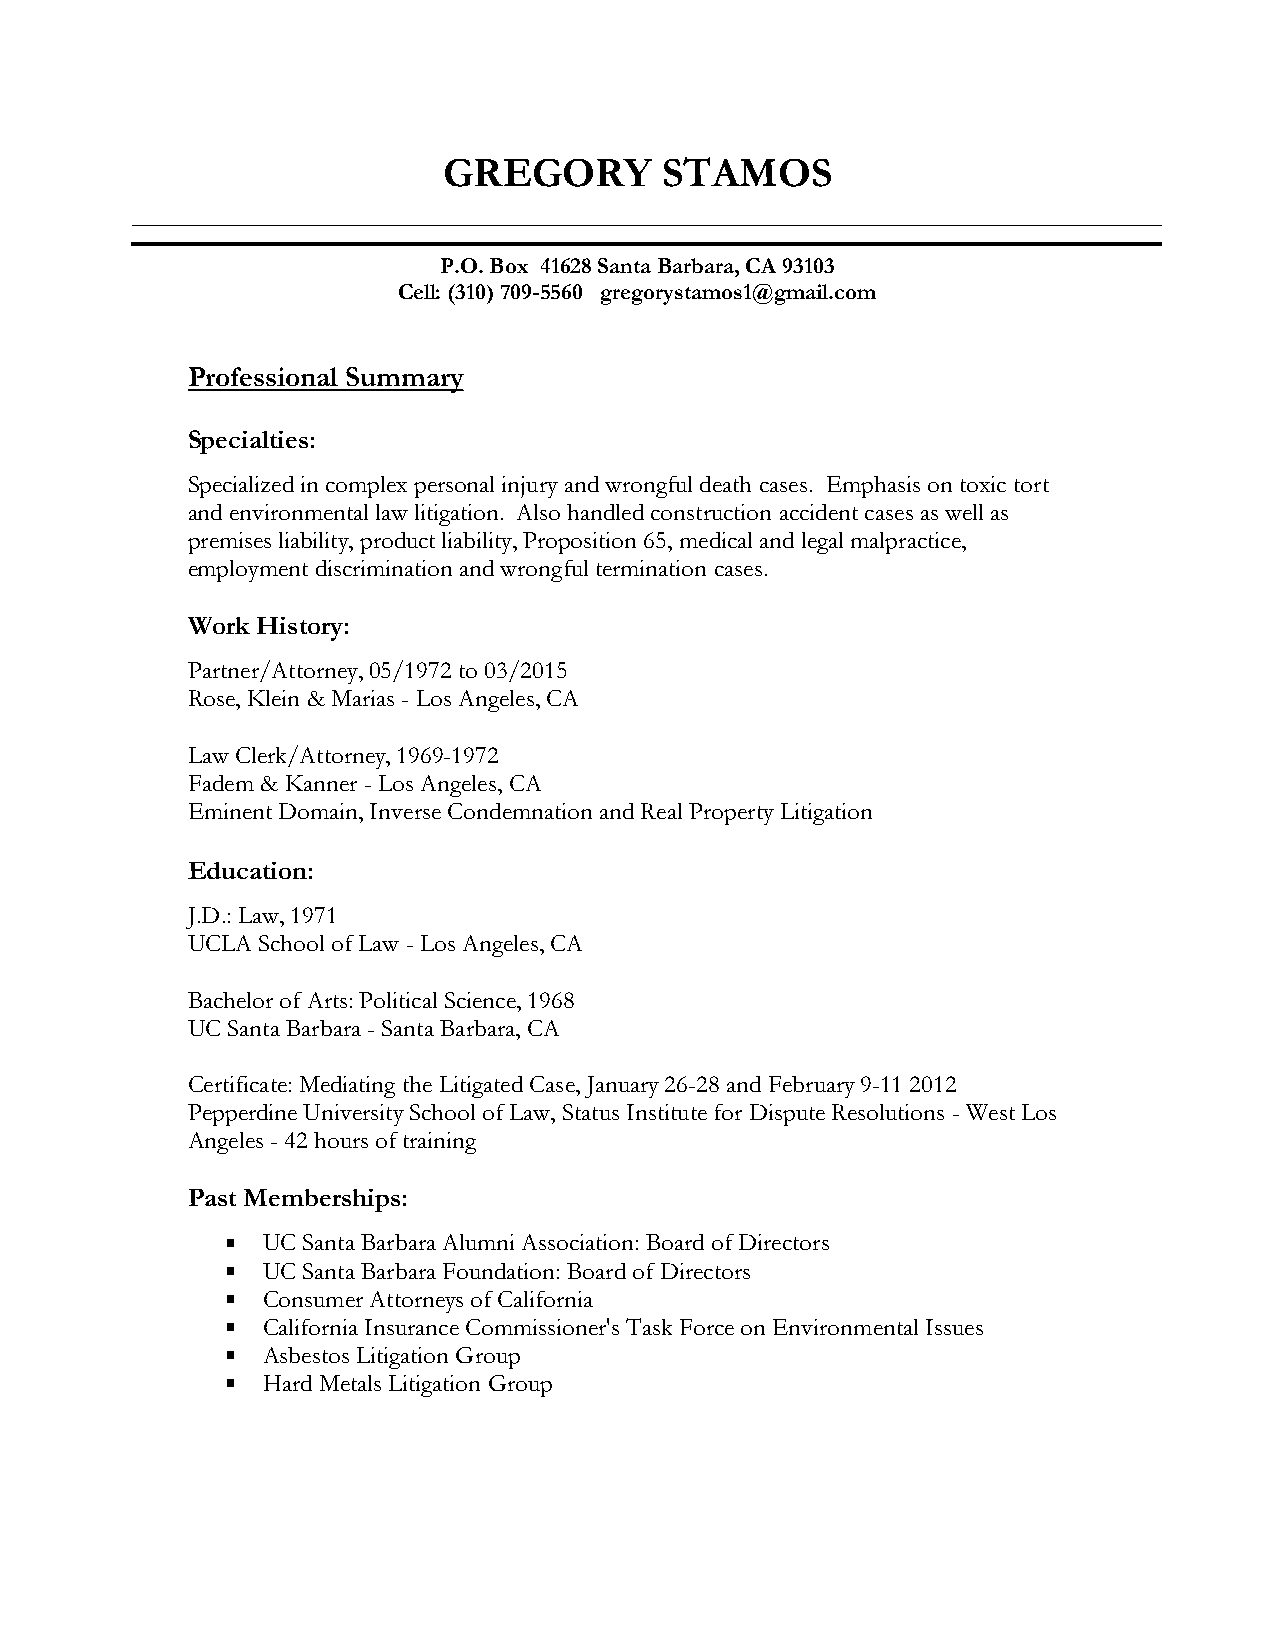
GREGORY        STAMOS
 P.O. Box 41628 Santa Barbara, CA 93103
 Cell: (310) 709-5560 gregorystamos1@gmail.com
 Professional Summary
 Specialties:
 Specialized in complex personal injury and wrongful death cases. Emphasis on toxic tort
 and environmental law litigation. Also handled construction accident cases as well as
 premises liability, product liability, Proposition 65, medical and legal malpractice,
 employment discrimination and wrongful termination cases.
 Work History:
 Partner/Attorney, 05/1972 to 03/2015
 Rose, Klein & Marias - Los Angeles, CA
 Law Clerk/Attorney, 1969-1972
 Fadem & Kanner - Los Angeles, CA
 Eminent Domain, Inverse Condemnation and Real Property Litigation
 Education:
 J.D.: Law, 1971
 UCLA School of Law - Los Angeles, CA
 Bachelor of Arts: Political Science, 1968
 UC Santa Barbara - Santa Barbara, CA
 Certificate: Mediating the Litigated Case, January 26-28 and February 9-11 2012
 Pepperdine University School of Law, Status Institute for Dispute Resolutions - West Los
 Angeles - 42 hours of training
 Past Memberships:
  UC Santa Barbara Alumni Association: Board of Directors
  UC Santa Barbara Foundation: Board of Directors
  Consumer Attorneys of California
  California Insurance Commissioner's Task Force on Environmental Issues
  Asbestos Litigation Group
  Hard Metals Litigation Group